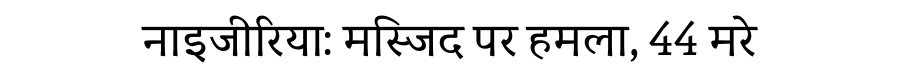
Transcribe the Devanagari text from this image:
नाइजीरिया: मस्जिद पर हमला, 44 मरे